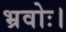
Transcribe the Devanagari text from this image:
भ्रवोः।